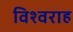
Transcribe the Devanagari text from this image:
विश्वराह